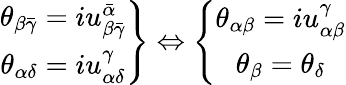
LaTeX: \left.\begin{array}{c}{{\theta_{\beta\bar{\gamma}}=iu_{\beta\bar{\gamma}}^{\bar{\alpha}}}}\\ {{\theta_{\alpha\delta}=iu_{\alpha\delta}^{\gamma}}}\end{array}\right\} \Leftrightarrow\left\{ \begin{array}{c}{{\theta_{\alpha\beta}=iu_{\alpha\beta}^{\gamma}}}\\ {{\theta_{\beta}=\theta_{\delta}}}\end{array}\right.